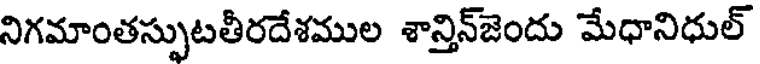
నిగమాంతస్సుటతీరదేశముల శాన్తిన్జెందు మేధానిధుల్